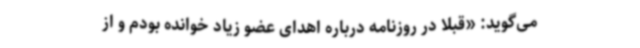
می‌گوید: «قبلا در روزنامه‌ درباره اهدای عضو زیاد خوانده بودم و از